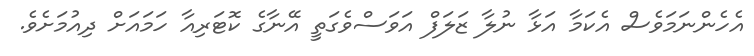
އެހެންނަމަވެސް އެކަމާ އަޅާ ނުލާ ޒަލަފް އަވަސްވެގަތީ އޭނާގެ ކޮޓަރިއާ ހަމައަށް ދިއުމަށެވެ.